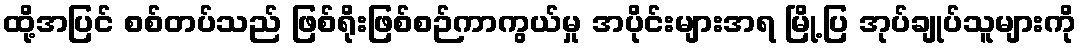
ထို့အပြင် စစ်တပ်သည် ဖြစ်ရိုးဖြစ်စဉ်ကာကွယ်မှု အပိုင်းများအရ မြို့ပြ အုပ်ချုပ်သူများကို